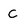
Character: C